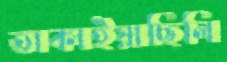
তাকাইয়াছিলি